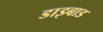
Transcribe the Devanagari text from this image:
डाइबाड